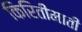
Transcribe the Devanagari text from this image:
किरितीमाती